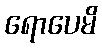
ရောပေမိ